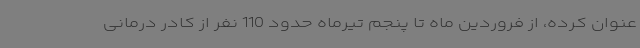
عنوان کرده، از فروردین ماه تا پنجم تیرماه حدود 110 نفر از کادر درمانی